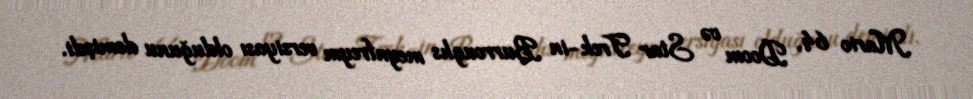
Mario 64, Doom və Star Trek-in Burroughs meynfreym versiyası olduğunu demişdi.